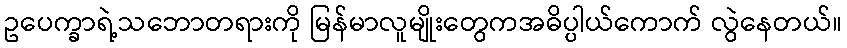
ဥပေက္ခာရဲ့သဘောတရားကို မြန်မာလူမျိုးတွေကအဓိပ္ပါယ်ကောက် လွဲနေတယ်။